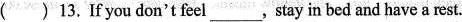
（）13. If you don't feel ___, stay in bed and have a rest.